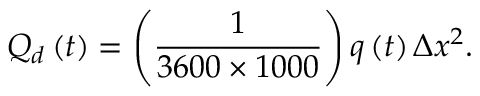
Q _ { d } \left( t \right) = \left( \frac { 1 } { 3 6 0 0 \times 1 0 0 0 } \right) q \left( t \right) \Delta x ^ { 2 } .